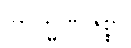
ဗြာဟ္မဏဇစ္စာ